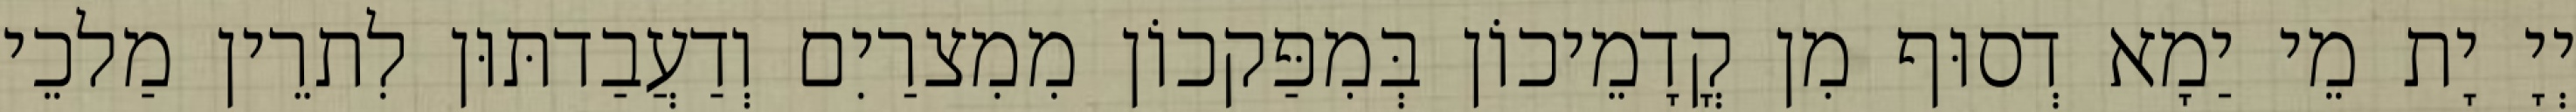
יְיָ יָת מֵי יַמָא דְסוּף מִן קֳדָמֵיכוֹן בְּמִפַּקכוֹן מִמִצרַיִם וְדַעֲבַדתּוּן לִתרֵין מַלכֵי